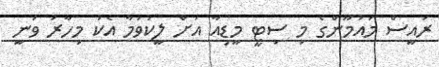
ރައީސް މައުމޫންގެ މި ސިޓީ މީޑިއާ އަށް ލީކުވުމާ އެކު މިހާރު ވަނީ